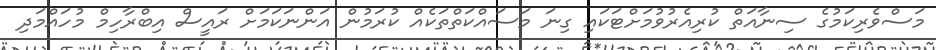
މަސްވެރިކަމުގެ ސިނާއަތް ކުރިއެރުވުމަށްޓަކައި ގިނަ މަސައްކަތްތަކެއް ކުރަމުން އަންނަކަމަށް ރައީސް އިބްރާހިމް މުހައްމަދި